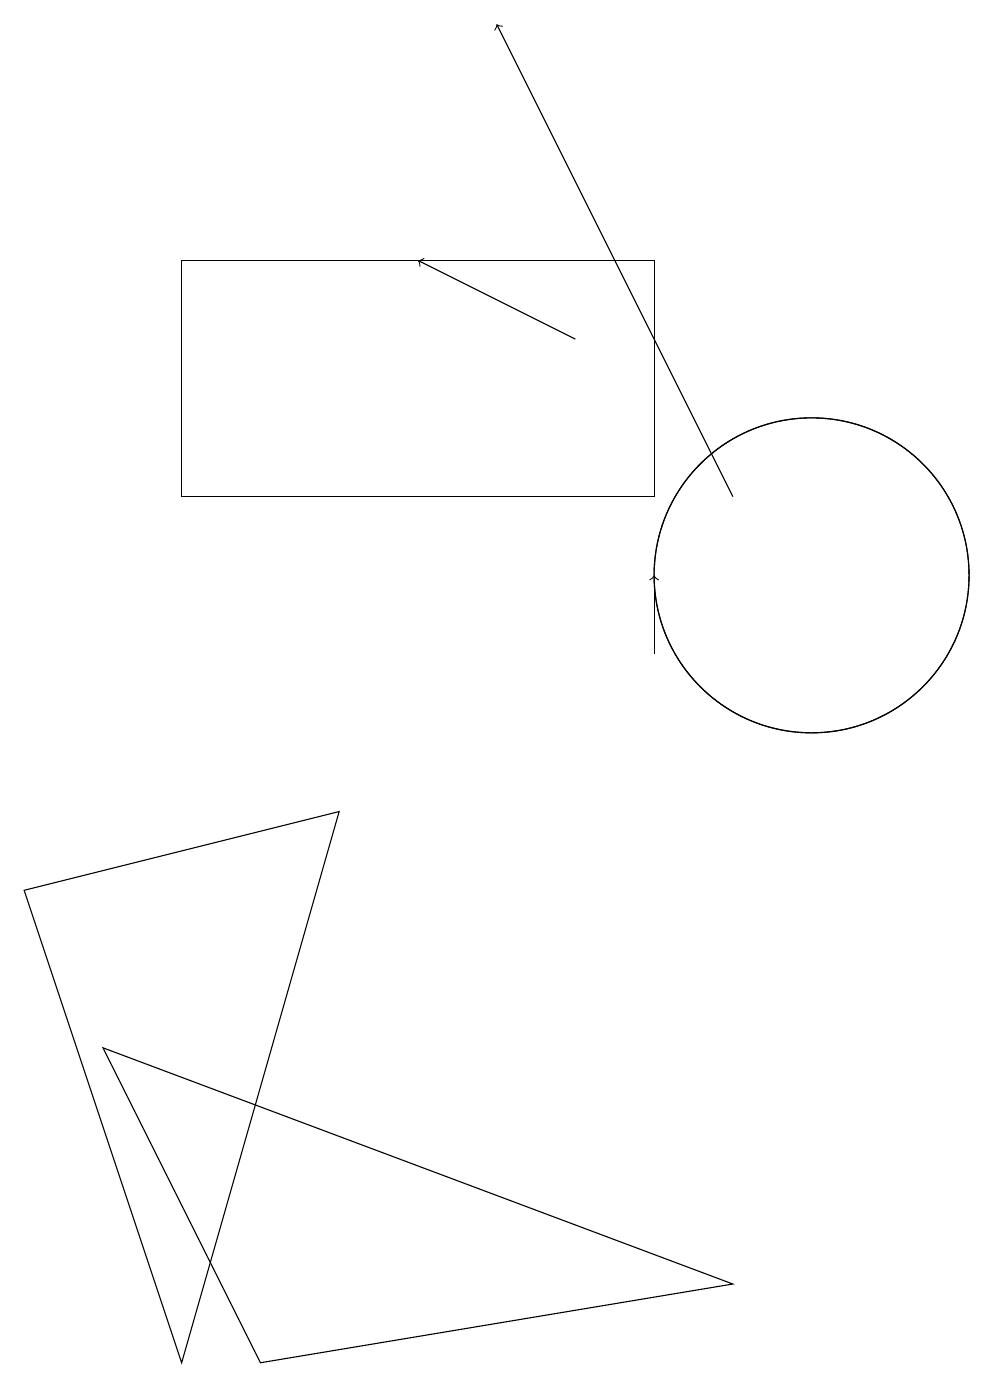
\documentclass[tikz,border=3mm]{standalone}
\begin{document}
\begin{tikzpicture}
\draw (1,5) -- (9,2) -- (3,1) -- cycle;
\draw[->] (7,14) -- (5,15);
\draw (10,11) circle (2);
\draw (2,15) rectangle (8,12);
\draw (2,1) -- (4,8) -- (0,7) -- cycle;
\draw (10,11) circle (2);
\draw[->] (9,12) -- (6,18);
\draw[->] (8,10) -- (8,11);
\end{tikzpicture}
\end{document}